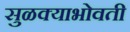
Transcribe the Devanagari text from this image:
सुळक्याभोवती